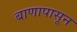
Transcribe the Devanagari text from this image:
बाणापासून